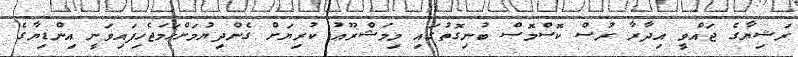
ރަޝިޔާގެ ޖައްވީ އިދާރާ ރުސް ކޮސްމޮސް ބުނިގޮތުގައި މިމަޝްރޫޢު ކުރިޔަށް ގެންދިޔުމަށްހަމަޖެހިފައިވަނީ އިންޑިޔާގެ